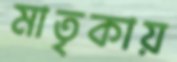
মাতৃকায়